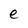
Character: e